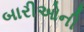
બારીઓની